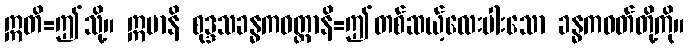
ဣတိ=ဤသို့။ ဣမာနိ စုဒ္ဒသခန္ဓကဝတ္တာနိ=ဤတစ်ဆယ့်လေးပါးသော ခန္ဓကဝတ်တို့ကို။